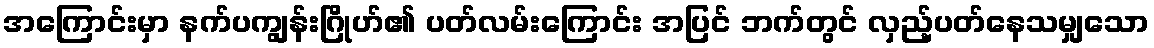
အကြောင်းမှာ နက်ပကျွန်းဂြိုဟ်၏ ပတ်လမ်းကြောင်း အပြင် ဘက်တွင် လှည့်ပတ်နေသမျှသော